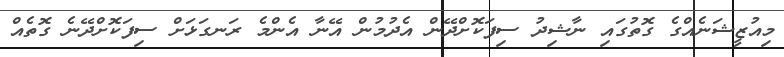
މިއުޒީޝަނެއްގެ ގޮތުގައި ނާޝިދު ސިފަކޮށްދޭން އެދުމުން އޭނާ އެންމެ ރަނގަޅަށް ސިފަކޮށްދޭނެ ގޮތެއް